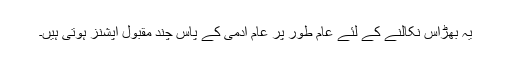
یہ بھڑاس نکالنے کے لئے عام طور پر عام آدمی کے پاس چند مقبول آپشنز ہوتی ہیں۔